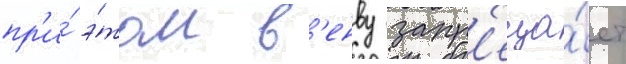
пр'и́ э́том в'енву запр'еща́ет